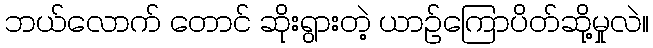
ဘယ်လောက် တောင် ဆိုးရွားတဲ့ ယာဉ်ကြောပိတ်ဆို့မှုလဲ။